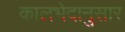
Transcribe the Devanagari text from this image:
कालभेदानुसार